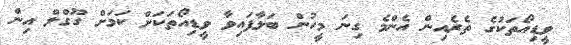
ވީޑިއޯތަކުގެ ތެރެއިން އެންމެ ގިނަ މީހުން ބަލާފައިވާ ވީޑިއޯތަކަށް ކަމަށް ގޫގްލް އިން